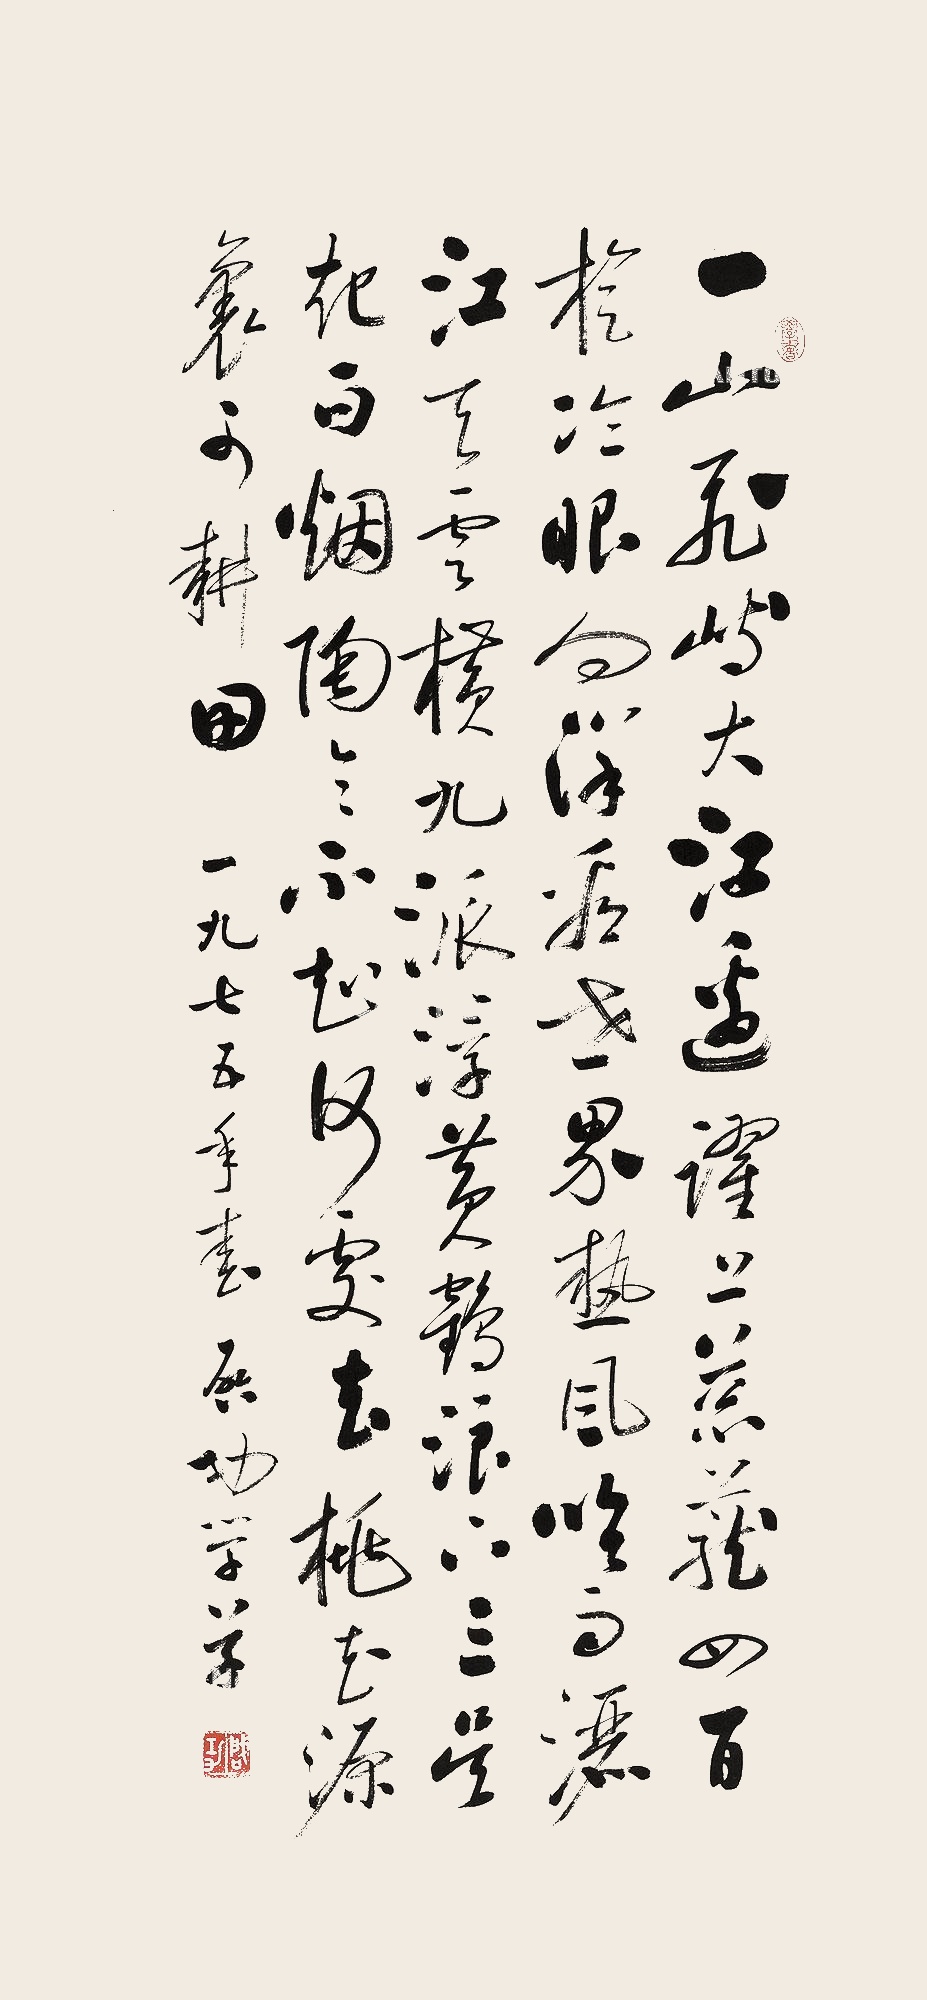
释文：一山飞峙大江边,跃上葱茏四百旋。冷眼向洋看世界,热风吹雨洒江天。云横九派浮黄鹤,浪下三吴起白烟。陶令不知何处去,桃花源里可耕田。一九七五年春，启功学草。